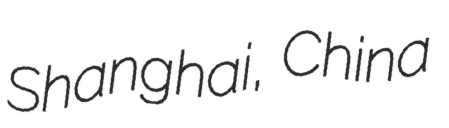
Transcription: Shanghai, China